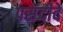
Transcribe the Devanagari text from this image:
पसंदीदे